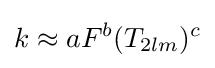
k\approx aF^{b}(T_{2lm})^{c}